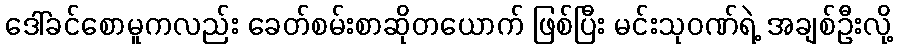
ဒေါ်ခင်စောမူကလည်း ခေတ်စမ်းစာဆိုတယောက် ဖြစ်ပြီး မင်းသုဝဏ်ရဲ့ အချစ်ဦးလို့